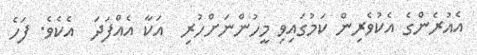
އެއުރެންގެ އެކުވެރިން ކަމުގައިވި މީހުންނަށްހުރި  އަކާ އެއްފަދަ  އެކެވެ. ފަހެ